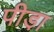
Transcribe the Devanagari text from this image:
पीडा़